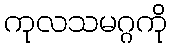
ကုလသမဂ္ဂကို